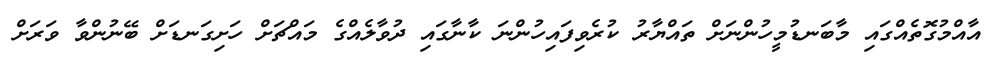
އާއްމުގޮތެއްގައި މާބަނޑުމީހުންނަށް ތައްޔާރު ކުރެވިފައިހުންނަ ކާނާގައި ދުވާލެއްގެ މައްޗަށް ހަށިގަނޑަށް ބޭނުންވާ ވަރަށް